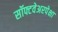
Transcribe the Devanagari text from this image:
सॉफ्टवेअरपेक्षा